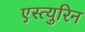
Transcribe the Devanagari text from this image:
एस्त्युरिन